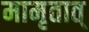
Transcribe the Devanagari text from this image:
मामृतात्‌